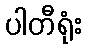
ပါတီရုံး